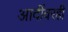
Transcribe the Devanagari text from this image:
आदींवरही